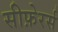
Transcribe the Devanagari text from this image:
सीफ़ेरर्स